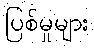
ပြစ်မှုများ